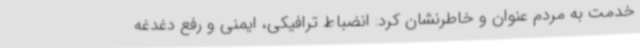
خدمت به مردم عنوان و خاطرنشان کرد: انضباط ترافیکی، ایمنی و رفع دغدغه